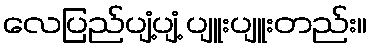
လေပြည်ပျံ့ပျံ့ ပျူးပျူးတည်း။